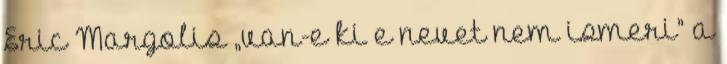
Eric Margolis „van-e ki e nevet nem ismeri” a